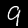
Label: 9